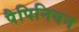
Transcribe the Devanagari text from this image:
पैपिनियन